Report on the working of the mental hospitals for Indians in Bihar and Orissa - 1925-1929
Year: 1925
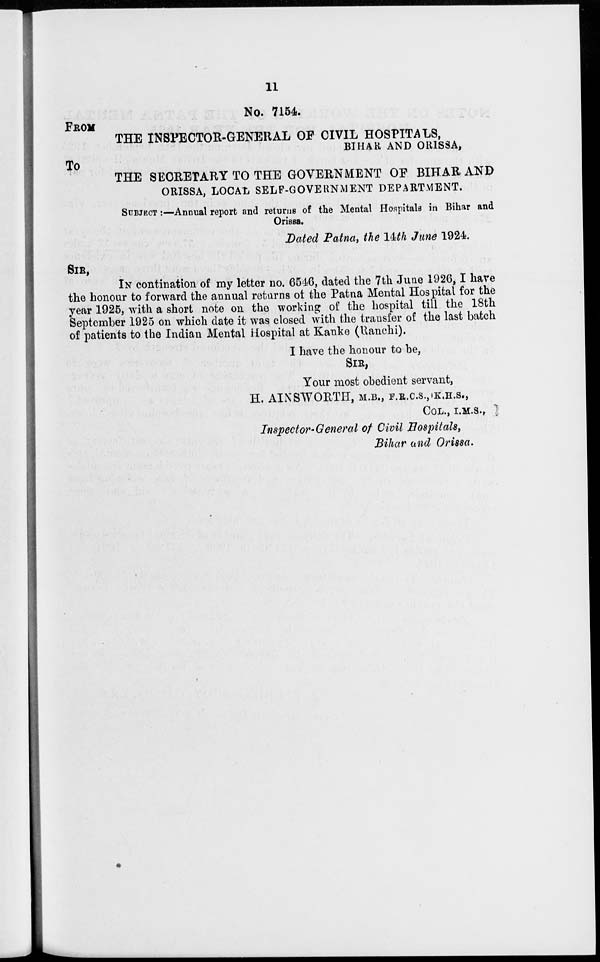
11
No. 7154.
FROM
THE INSPECTOR-GENERAL OF CIVIL HOSPITALS,
BIHAR AND ORISSA,
To
THE SECRETARY TO THE GOVERNMENT OF BIHAR AND
ORISSA, LOCAL SELF-GOVERNMENT DEPARTMENT.
SUBJECT :—Annual report and returns of the Mental Hospitals in Bihar and
Orissa.
Dated Patna, the 14th June 1924.
SIR,
IN contination of my letter no. 6546, dated the 7th June 1926,I have
the honour to forward the annual returns of the Patna Mental Hospital for the
year 1925, with a short note on the working of the hospital till the 18th
September 1925 on which date it was closed with the transfer of the last batch
of patients to the Indian Mental Hospital at Kanke (Ranchi).
I have the honour to be,
SIR,
Your most obedient servant,
H. AINSWORTH, M.B., F.R.C.S.,K.H.S.,
COL., I.M.S.,
Inspector- General of Civil Hospitals,
Bihar and Orissa.